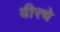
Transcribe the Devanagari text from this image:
वीरचे